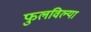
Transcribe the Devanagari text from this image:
फुलविल्या